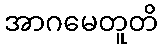
အာဂမေတူတိ